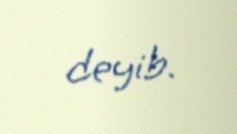
deyib.